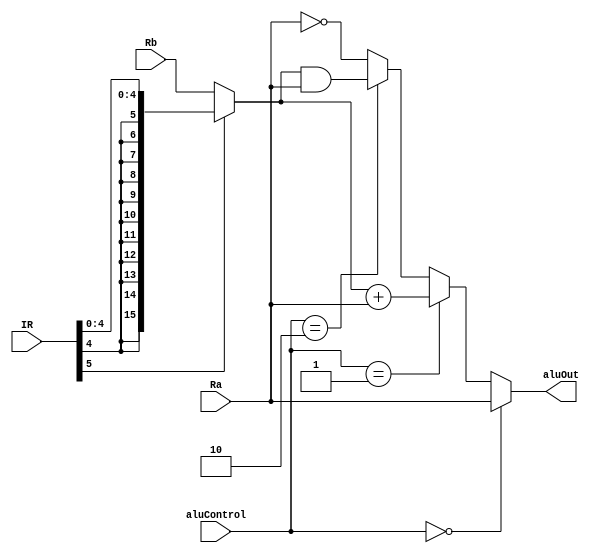
`timescale 1ns / 1ps
//////////////////////////////////////////////////////////////////////////////////
// Company: 
// Engineer: 
// 
// Design Name: 
// Module Name:    ALU 
// Project Name: 
// Target Devices: 
// Tool versions: 
// Description: 
//
// Dependencies: 
//
// Revision: 
// Revision 0.01 - File Created
// Additional Comments: 
//
//////////////////////////////////////////////////////////////////////////////////
module ALU(
	input[15:0] Ra,Rb,
	input[5:0] IR,
	input[1:0] aluControl,
	output[15:0] aluOut
    );
	wire[15:0] partB;
	
	assign partB = (IR[5] == 1'b1)? {{11{IR[4]}},IR[4:0]} : Rb ;

	assign aluOut = (aluControl == 2'b00)? Ra         : 
						 (aluControl == 2'b01)? partB + Ra : 
						 (aluControl == 2'b10)? partB & Ra : ~Ra ;
endmodule